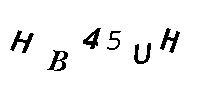
HB45UH